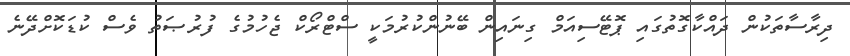
ދިރާސާތަކުން ދައްކާގޮތުގައި ޕޮޓޭސިއަމް ގިނައިން ބޭނުންކުރުމަކީ ސްޓްރޯކް ޖެހުމުގެ ފުރުޞަތު ވެސް ކުޑަކޮށްދޭނެ